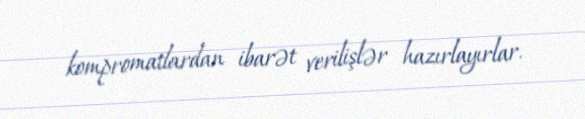
kompromatlardan ibarət verilişlər hazırlayırlar.